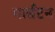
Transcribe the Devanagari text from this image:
मार्सटन